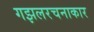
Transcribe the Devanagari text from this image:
गझलरचनाकार